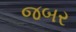
જબર